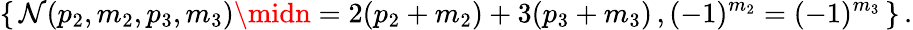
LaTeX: \left\{ \, \mathcal{N}(p_{2},m_{2},p_{3},m_{3})\midn=2(p_{2}+m_{2})+3(p_{3}+m_{3})\, ,(-1)^{m_{2}}=(-1)^{m_{3}}\, \right\} \, .